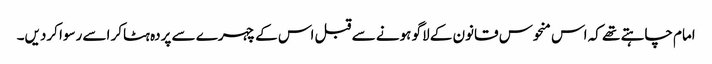
امام چاہتے تھے کہ اس منحوس قانون کے لاگو ہونے سے قبل اس کے چہرے سے پردہ ہٹاکر اسے رسوا کردیں۔